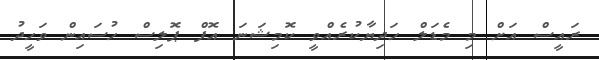
ރައީސް އަށް މި މެޑަލް ހަދިޔާކުރެއްވީ ކޮމިޝަނަ އޮފް ޕޮލިސް ހުސައިން ވަހީދު